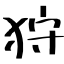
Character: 狩